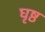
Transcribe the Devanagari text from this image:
घृष्ठ